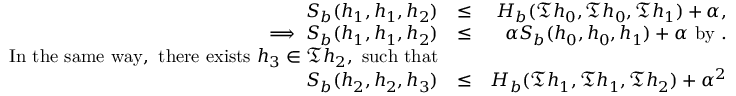
\begin{array} { r l r } { S _ { b } ( h _ { 1 } , h _ { 1 } , h _ { 2 } ) } & { \leq } & { H _ { b } ( \mathfrak { T } h _ { 0 } , \mathfrak { T } h _ { 0 } , \mathfrak { T } h _ { 1 } ) + \alpha , } \\ { \implies S _ { b } ( h _ { 1 } , h _ { 1 } , h _ { 2 } ) } & { \leq } & { \alpha S _ { b } ( h _ { 0 } , h _ { 0 } , h _ { 1 } ) + \alpha ~ \mathrm { b y ~ } . } \\ { \mathrm { I n ~ t h e ~ s a m e ~ w a y , ~ t h e r e ~ e x i s t s } ~ h _ { 3 } \in \mathfrak { T } h _ { 2 } , ~ \mathrm { s u c h ~ t h a t } } \\ { S _ { b } ( h _ { 2 } , h _ { 2 } , h _ { 3 } ) } & { \leq } & { H _ { b } ( \mathfrak { T } h _ { 1 } , \mathfrak { T } h _ { 1 } , \mathfrak { T } h _ { 2 } ) + \alpha ^ { 2 } } \end{array}